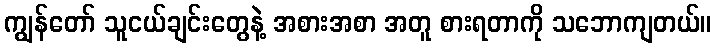
ကျွန်တော် သူငယ်ချင်းတွေနဲ့ အစားအစာ အတူ စားရတာကို သဘောကျတယ်။